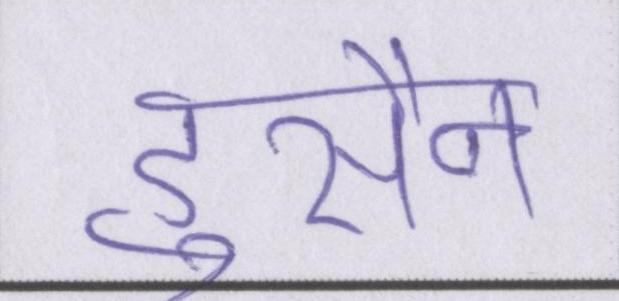
हुसैन